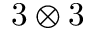
3 \otimes 3